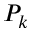
P _ { k }